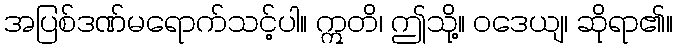
အပြစ်ဒဏ်မရောက်သင့်ပါ။ ဣတိ၊ ဤသို့။ ဝဒေယျ၊ ဆိုရာ၏။